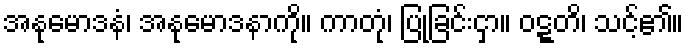
အနုမောဒနံ၊ အနုမောဒနာကို။ ကာတုံ၊ ပြုခြင်းငှာ။ ဝဋ္ဋတိ၊ သင့်၏။